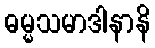
ဓမ္မသမာဒါနာနိ